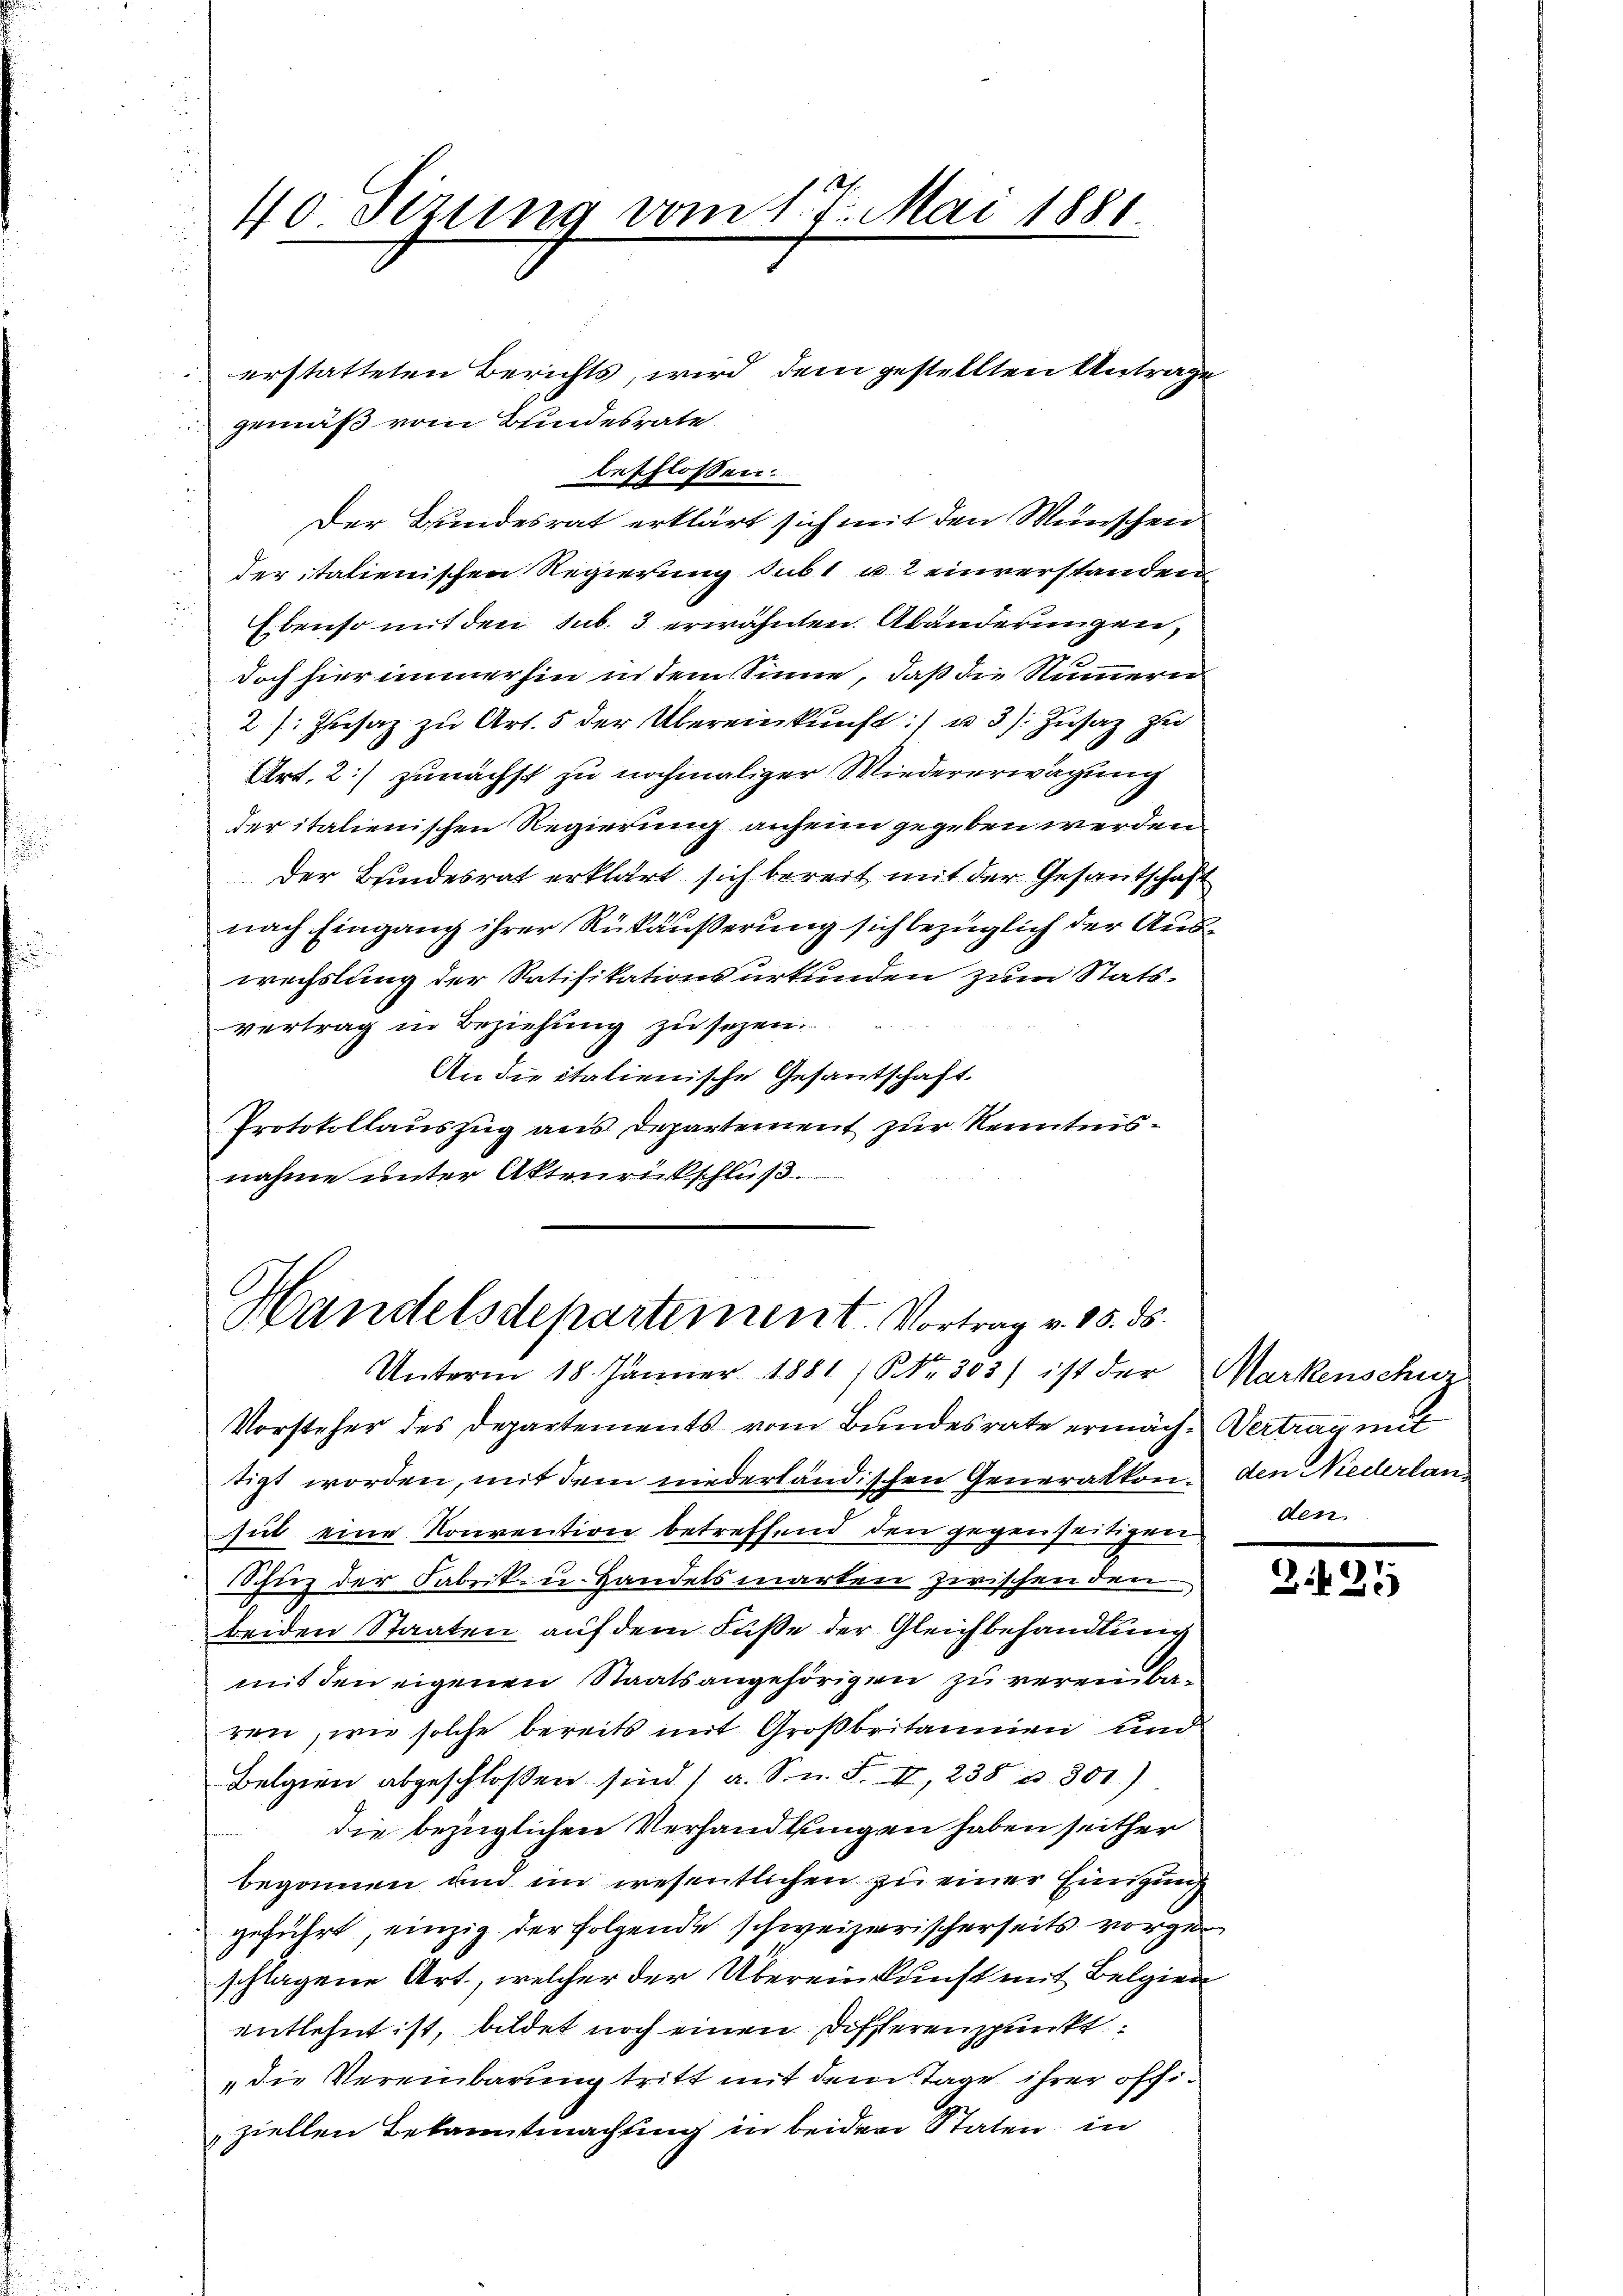
40 Sizung vom 1. J. Mai 1881

erstatteten Berichts, wird dem gestellten Antrage
gemäß vom Bundesrate
beschlossen
Der Bundesrat erklärt sich mit den Wünschen
deritalienischen Regierung subt u. 2 einverstanden,
Ebenso mit den sub. 3 erwähnten Abänderungen,
doch hier immerhin in dem Sinne, daß die Nummern
2 s. Zŭsaz zu Art. 5 der Übereinkunft:) u. 3) Zusatz zu
Art. 2) zunächst zu nochmaliger Wiedererwägung
der italienischen Regierung anheim gegeben werden.
der Bundesrat erklärt sich bereit mit der Gesantschaft
nach Eingang ihrer Rükäußerung sich bezüglich der Auswechslung der Ratifikationsurkunden zum Statsvertrag in Beziehung zu sezen.
An die italienische Gesantschaft
Protokollauszug aus Departement zur Kenntnisnahme unter Aktenrückschluß

Handelsdepartement. Vortrag v. 15. ds.

Unterm 18. Jänner 1881 (NNr. 303) ist der Markenschwe
Vorsteher des Departements vom Bundesrate ermäch-Vertrag mit
tigt worden, mit dem niederländischen Generalkonsul eine Konvention betreffend den gegenseitigen den
Schuz der Fabrik- u. Handelsmarken zwischen den
beiden Staaten auf dem Fuße der Gleichbehandlung
mit den eigenen Staatsangehörigen zu vereinba-
ren, wie solche bereits mit Großbritannien und
Belgien abgeschloßen sind (a. Sn. F. II, 238 u. 301)
die bezüglichen Verhandlungen haben seither
begonnen um im wesentlichen zu einer Einigung
geführt, einzig der folgende schweizerischerseits vorgeschlagene Art., welcher der Übereinkunft mit Belgien
entlehnt ist, bildet noch einen Differenspunkt
„die Vereinbarung tritt mit dem Tage ihrer offiziellen Bekanntmachung in beiden Staten, in

den Niederlan

2421